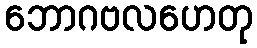
ဘောဂဗလဟေတု